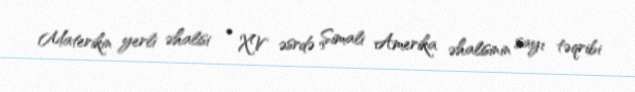
Materikin yerli əhalisi • XV əsrdə Şimali Amerika əhalisinin sayı təqribi